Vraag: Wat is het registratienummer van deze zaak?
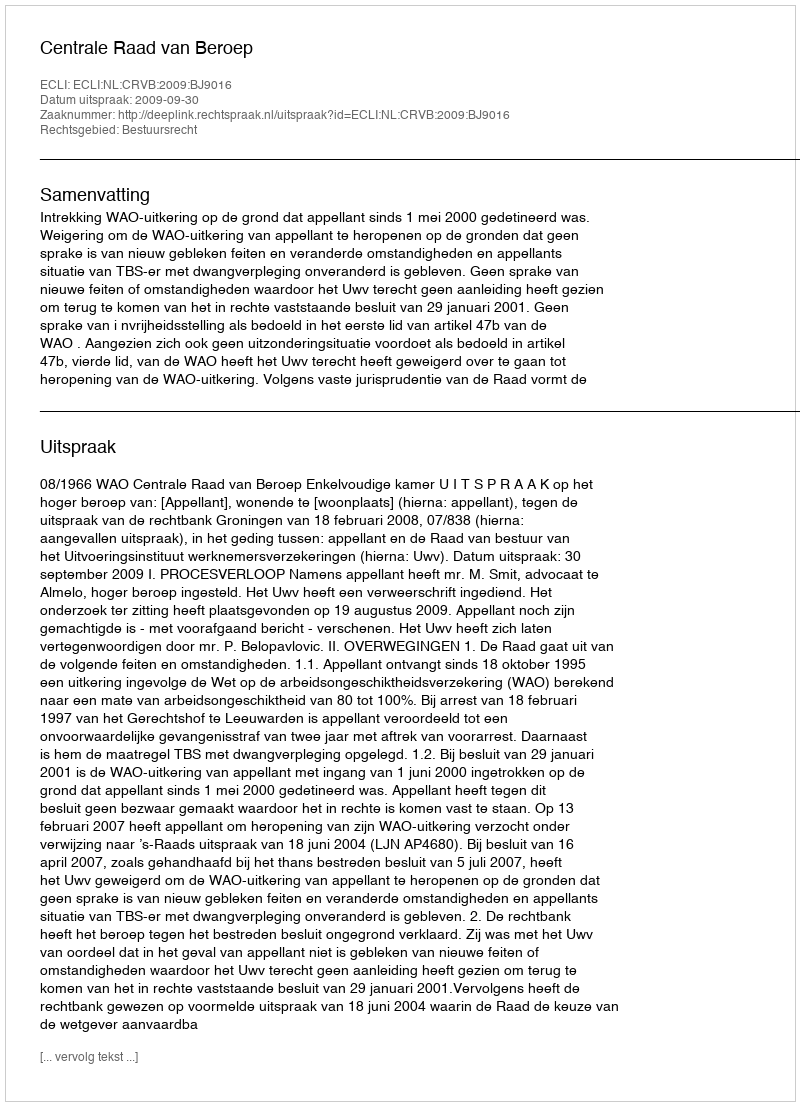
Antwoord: http://deeplink.rechtspraak.nl/uitspraak?id=ECLI:NL:CRVB:2009:BJ9016